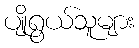
ပျိုရွယ်သူများ